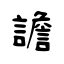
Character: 譫